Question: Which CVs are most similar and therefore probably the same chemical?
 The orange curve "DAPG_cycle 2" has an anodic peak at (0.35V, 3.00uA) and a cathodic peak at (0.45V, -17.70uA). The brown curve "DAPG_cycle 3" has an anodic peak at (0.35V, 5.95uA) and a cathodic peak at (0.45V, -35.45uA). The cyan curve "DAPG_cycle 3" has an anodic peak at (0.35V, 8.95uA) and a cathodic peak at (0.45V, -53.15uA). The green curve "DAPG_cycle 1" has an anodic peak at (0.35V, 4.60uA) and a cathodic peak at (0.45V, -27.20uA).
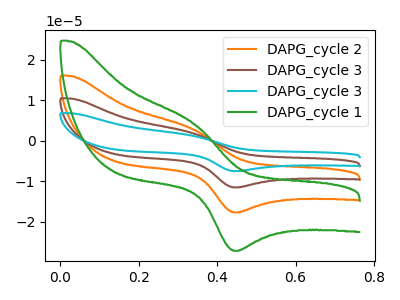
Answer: <think>All the peaks in "DAPG_cycle 2" have a peak in "DAPG_cycle 3" at the same potential. Every peak in "DAPG_cycle 2" is lower than every peak in "DAPG_cycle 3". All the peaks in "DAPG_cycle 2" have a peak in "DAPG_cycle 3" at the same potential. Every peak in "DAPG_cycle 2" is lower than every peak in "DAPG_cycle 3". All the peaks in "DAPG_cycle 2" have a peak in "DAPG_cycle 1" at the same potential. Every peak in "DAPG_cycle 2" is lower than every peak in "DAPG_cycle 1". All the peaks in "DAPG_cycle 3" have a peak in "DAPG_cycle 3" at the same potential. Every peak in "DAPG_cycle 3" is lower than every peak in "DAPG_cycle 3". All the peaks in "DAPG_cycle 3" have a peak in "DAPG_cycle 1" at the same potential. Every peak in "DAPG_cycle 3" is higher than every peak in "DAPG_cycle 1". All the peaks in "DAPG_cycle 3" have a peak in "DAPG_cycle 1" at the same potential. Every peak in "DAPG_cycle 3" is higher than every peak in "DAPG_cycle 1".
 </think>
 <answer>"DAPG_cycle 1", "DAPG_cycle 2", "DAPG_cycle 3" and "DAPG_cycle 3" have the same shape and are likely CV's of the same chemical.</answer>
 <eval>"DAPG_cycle 1" "DAPG_cycle 2" "DAPG_cycle 3" "DAPG_cycle 3"</eval>